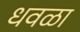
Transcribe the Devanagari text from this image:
धवळा